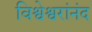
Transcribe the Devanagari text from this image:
विश्वेश्वरांनंद